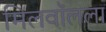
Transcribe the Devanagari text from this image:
मिलवॉलला